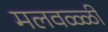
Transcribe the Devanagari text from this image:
मलवळ्ळी